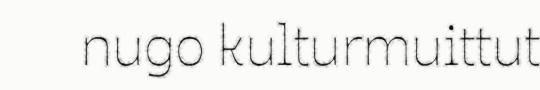
nugo kulturmuittut